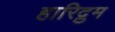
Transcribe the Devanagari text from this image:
हारिद्रुम